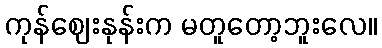
ကုန်ဈေးနုန်းက မတူတော့ဘူးလေ။